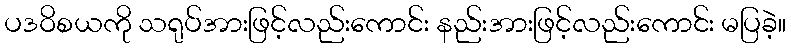
ပဒဝိစယကို သရုပ်အားဖြင့်လည်းကောင်း နည်းအားဖြင့်လည်းကောင်း မပြခဲ့။